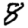
Digit: 8